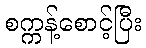
စက္ကန့်စောင့်ပြီး